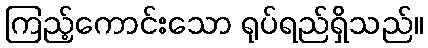
ကြည့်ကောင်းသော ရုပ်ရည်ရှိသည်။